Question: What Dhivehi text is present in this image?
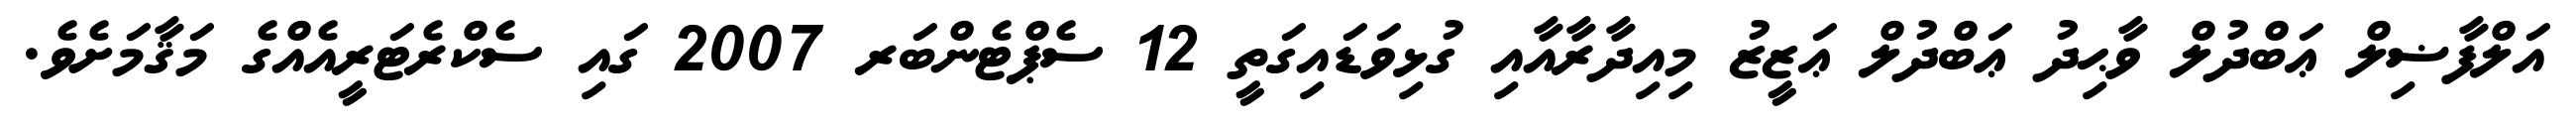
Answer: އަލްފާޟިލް ޢަބްދުލް ވާޙިދު ޢަބްދުލް ޢަޒީޒު މިއިދާރާއާއި ގުޅިވަޑައިގަތީ 12 ސެޕްޓެންބަރ 2007 ގައި ސެކްރެޓަރީއެއްގެ މަޤާމަށެވެ.